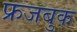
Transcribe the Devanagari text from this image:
फ्रजबुक